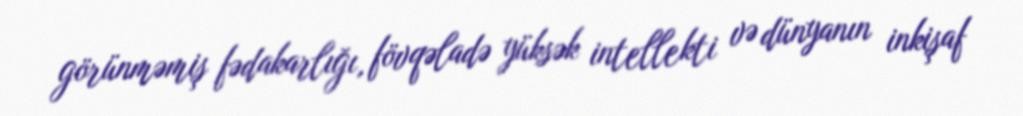
görünməmiş fədakarlığı, fövqəladə yüksək intellekti və dünyanın inkişaf